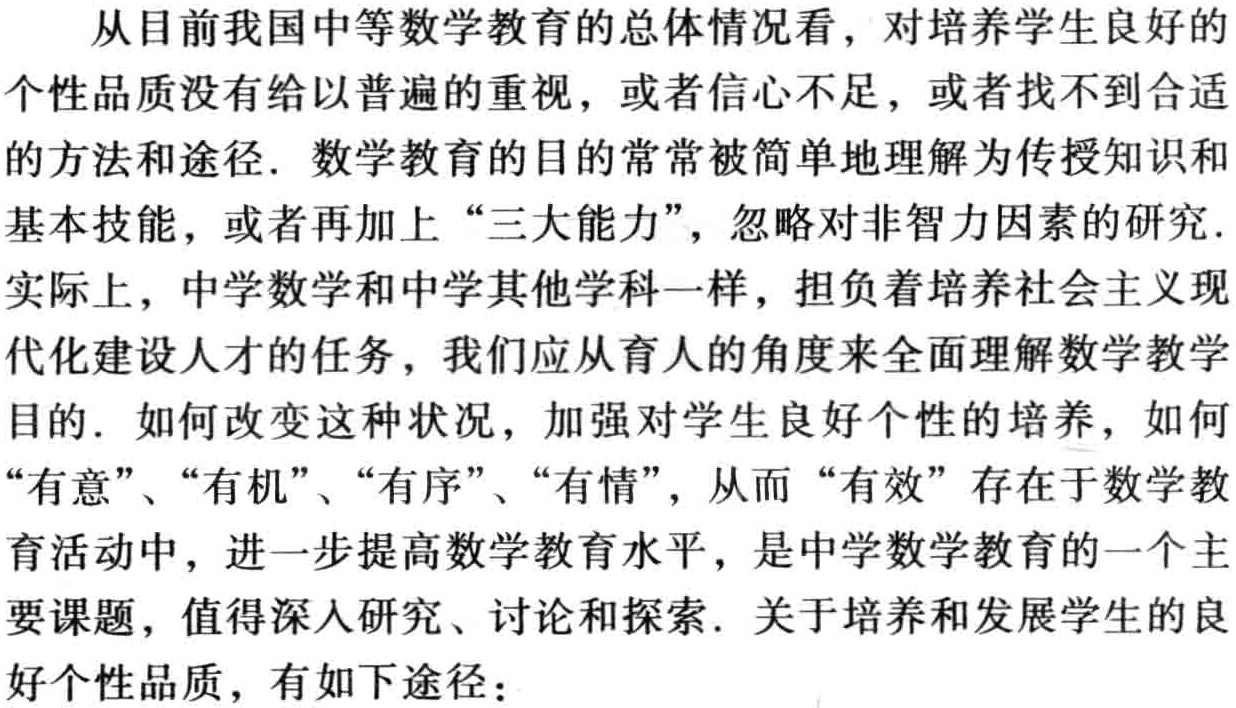
从目前我国中等数学教育的总体情况看，对培养学生良好的
个性品质没有给以普遍的重视，或者信心不足，或者找不到合适
的方法和途径. 数学教育的目的常常被简单地理解为传授知识和
基本技能，或者再加上 “三大能力”，忽略对非智力因素的研究.
实际上，中学数学和中学其他学科一样，担负着培养社会主义现
代化建设人才的任务，我们应从育人的角度来全面理解数学教学
目的. 如何改变这种状况，加强对学生良好个性的培养，如何
“有意”、“有机”、“有序”、“有情”，从而 “有效” 存在于数学教
育活动中，进一步提高数学教育水平，是中学数学教育的一个主
要课题，值得深入研究、讨论和探索. 关于培养和发展学生的良
好个性品质，有如下途径：